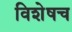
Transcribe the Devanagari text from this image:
विशेषच